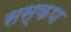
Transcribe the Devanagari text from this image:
सस्कण